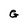
Character: G